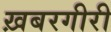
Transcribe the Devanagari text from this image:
ख़बरगीरी